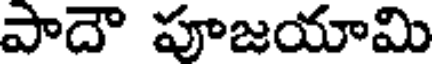
పాదౌ పూజయామి